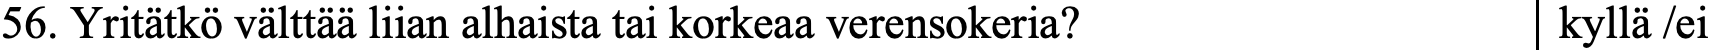
56. Yritätkö välttää liian alhaista tai korkeaa verensokeria? kyllä /ei